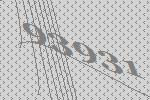
93931